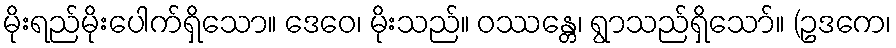
မိုးရည်မိုးပေါက်ရှိသော။ ဒေဝေ၊ မိုးသည်။ ဝဿန္တေ၊ ရွာသည်ရှိသော်။ (ဥဒကေ၊